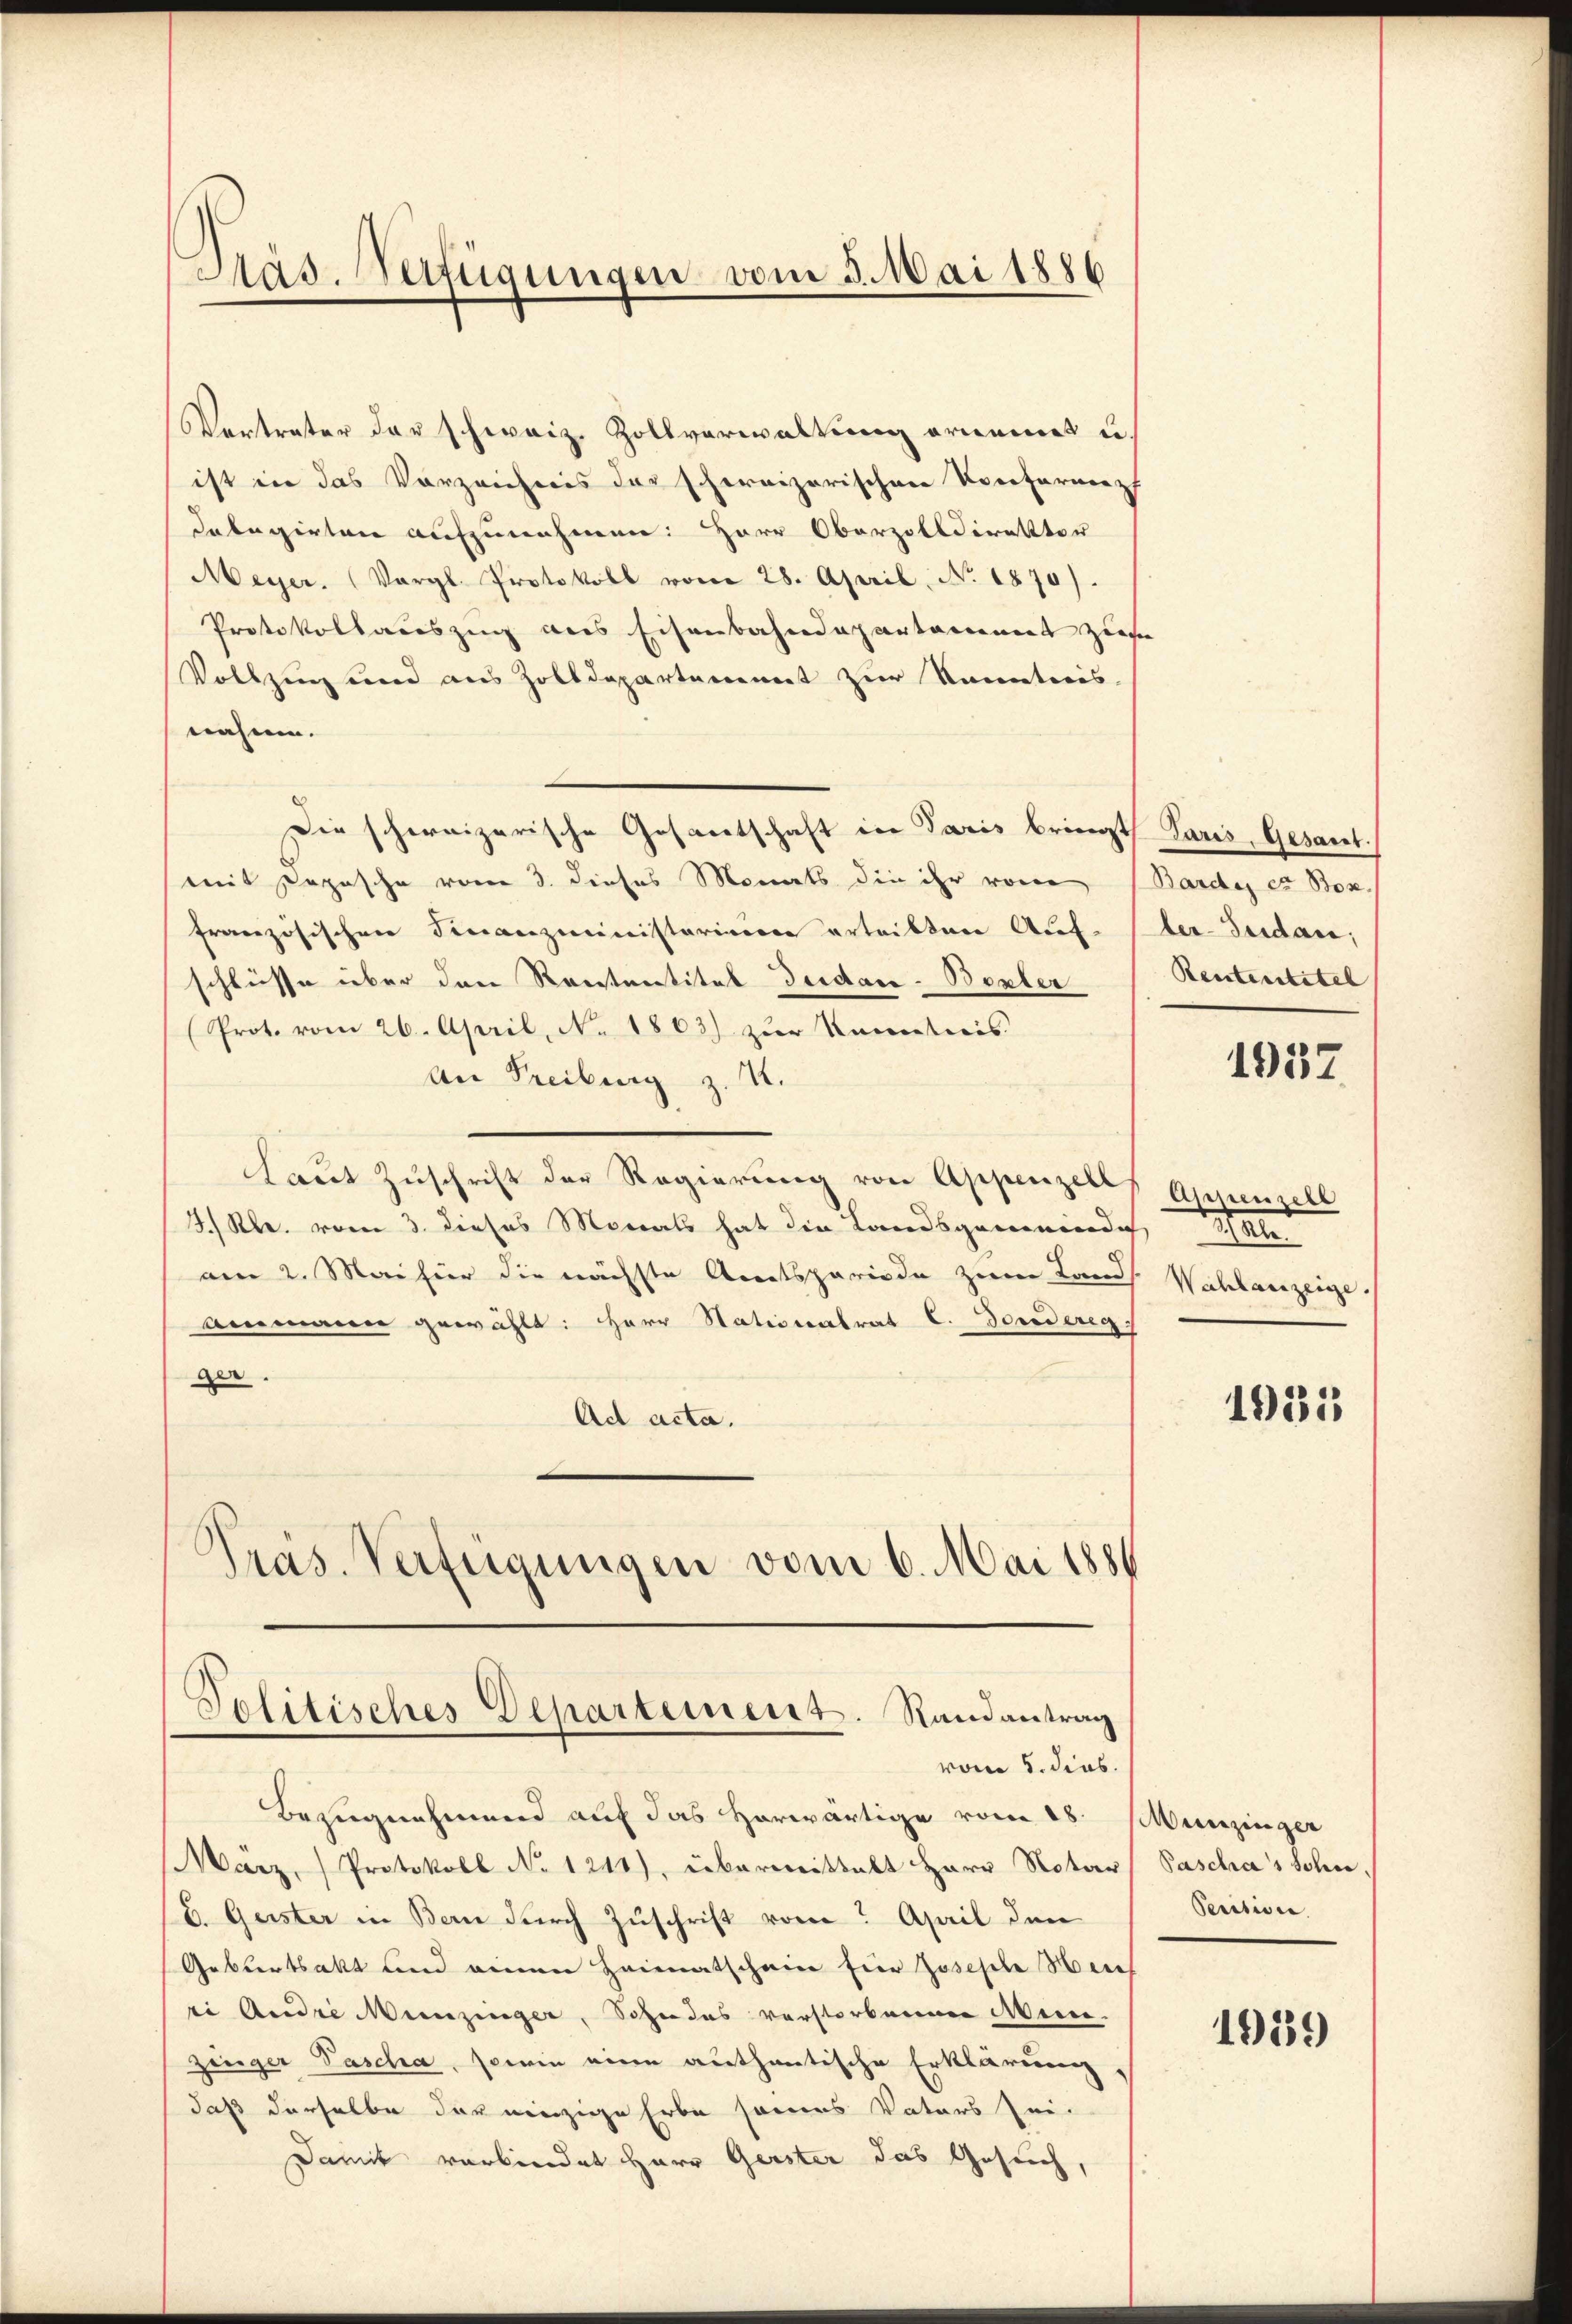
Sas. Verfügungen vom 5. Mai 1886

Vertrater der schweiz. Zollverwaltung ornennt u.
ist in das Vorzeichnis der schweizerischen Korefernenz
delegirten aufzunehmen: Herr Oberzolldirektor
Meyer. (Vergl. Protokoll vom 28. April, No. 1870).
Protokollauszug aus Eisenbahndepartament zie
Vollzug und aus Zolldepartenannt zur Renntnis.
nahme.
Die schweizerische Gesantschaft in Paris bringt Paris, Gesant.
mit Depesche vom 3. dieses Monats die ihr von (Bardes er Box.
französischen Finanzministerieren erteiltene Auf-ler-Sudar;
schlüsse über den Rentantital Fridau-Boxler
Prot. vom 26. April, No. 1803) zur Kenntnis
An Freiburg z. 4.
Laut Zuschrift der Regierung von Appenzell Arrenzell
J.) Kl. vom 3. dieses Monats hat die Landsgemeindich
am 2. Mai für die nächste Amtsperiode zum Lands. Wahlanzeige.
ammann gewählt: Herr Stationalrat C. Bondereg
ger.
Ad acta.
s
Präs. Verfügungen vom 6. Mai 1881

Tolitisches Departement. Randantrag
vom 5. dies

Rentenstitel

Bezugnehmend auf das herwärtige vom 18. Munzinger
Marz, Protokoll No 1211), übermittelt Herr Notar
b. Geister in Bern durch Zuschrift vom April den
Geburtsakt und einen Heimatschein fier Josephe Mens
ei Andre Munzinger, Sohn das verstorbenen Meine.
zenger Pascha, sowie eine authentische Erklärung,
daß derselbe der einzige Erbe seines Vaters sei-
Damit verbindet Herr Gerster das Gesuch,

1932

en

1931

Paschias Schn
Pecition

1939